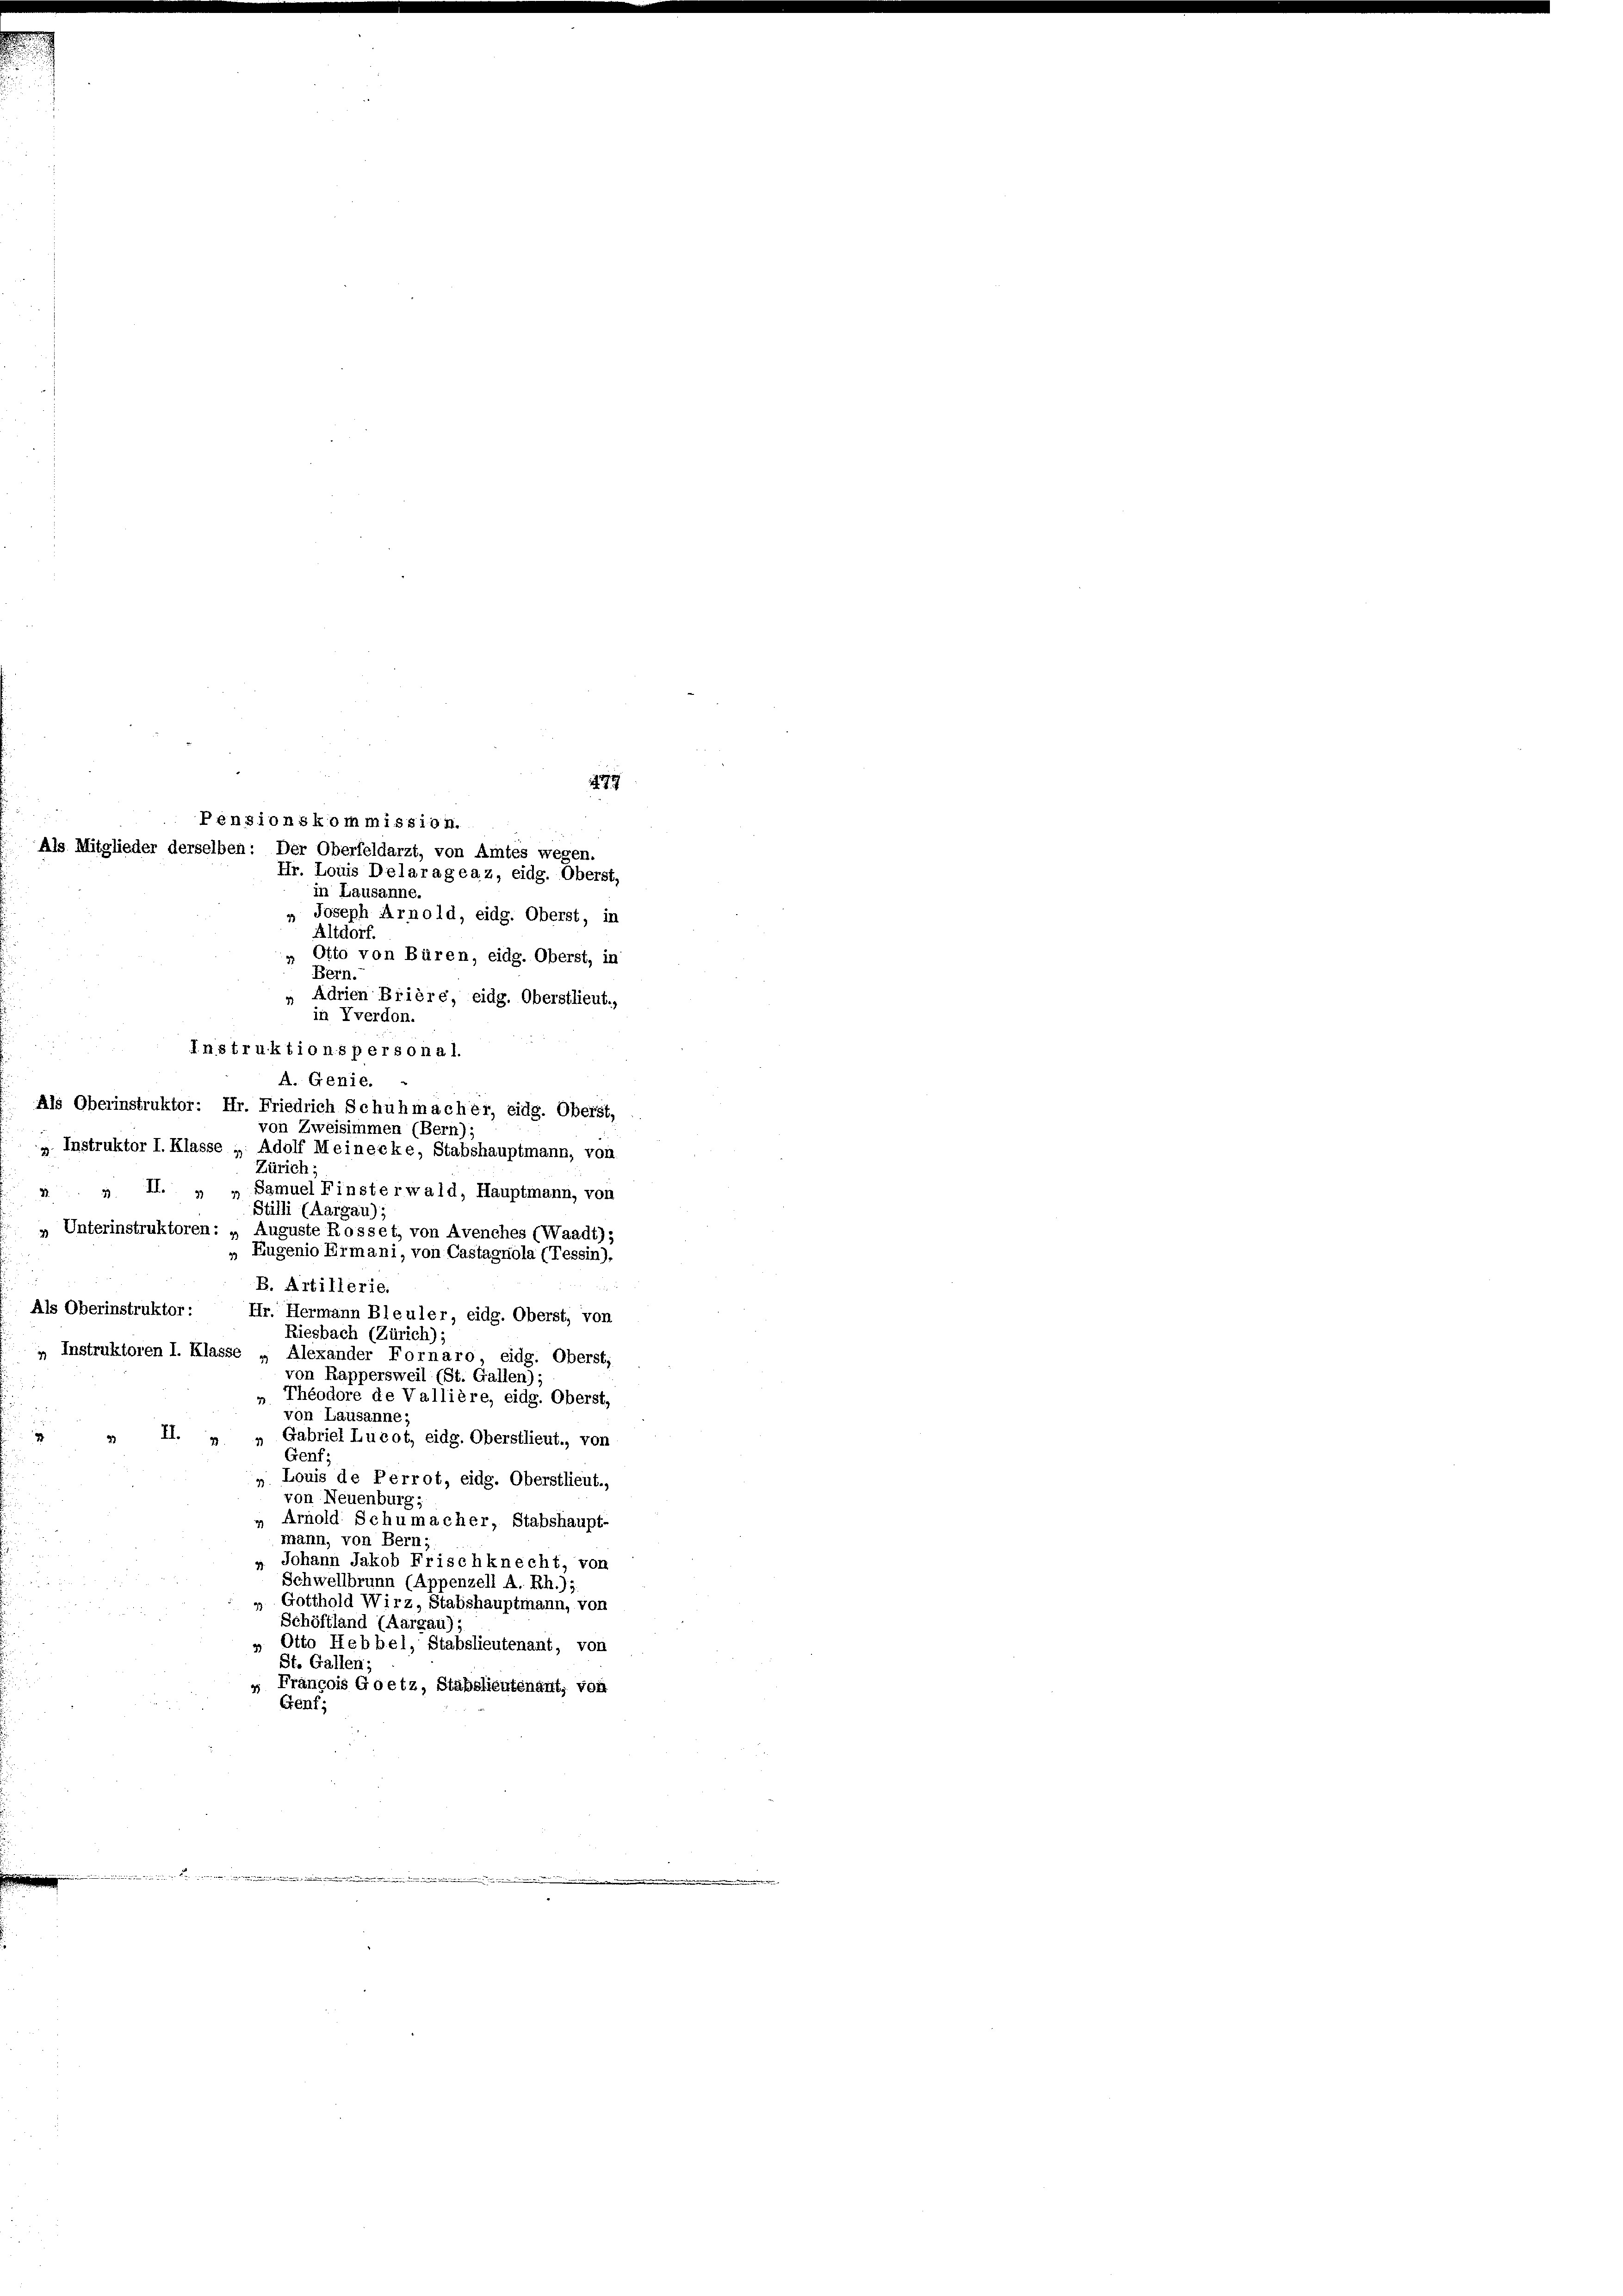
in Lausanne.
 Joseph Arnold, eidg. Oberst, in
Altdorf.
Otto von Büren, eidg. Oberst, in
Bern.
Adrien Brière, eidg. Oberstlieut.,
in Yverdon.
Instruktions personal
A. Genie.
Als Oberinstruktor: Hr. Friedrich Schuhmacher, eidg. Oberst,
von Zweisimmen (Bern);
» Instruktor I. Klasse , Adolf Meinecke, Stabshauptmann, von
Zürich:
 „ II. „ „ Samuel Finsterwald, Hauptmann, von
Stilli (Aargau);
» Unterinstruktoren: „Auguste Rosset, von Avenches (Waadt);
„ Eugenio Ermani, von Castagnola (Tessin),
B. Artillerie.
Als Oberinstruktor :
Hr. Hermann Bleuler, eidg. Oberst, von
Riesbach (Zürich);
, Instruktoren I. Klasse „Alexander Fornaro, eidg. Oberst,
von Rappersweil (St. Gallen);
„ Théodore de Vallière, eidg. Oberst,
von Lausanne;
I
2
Gabriel Lucot, eidg. Oberstlieut., von
Genf;
Louis de Perrot, eidg. Oberstlieut.,
von Neuenburg,
Arnold Schumacher, Stabshaupt-
mann, von Bern;
». Johann Jakob Frischknecht, von
Schwellbrunn (Appenzell A. Rh.).
" Gotthold Wirz, Stabshauptmann, von
Schöftland (Aargau) :
» Otto Hebbel, Stabslieutenant, von
St. Gallen;
 François Goetz, Stabslieutenant, von
Genf;

7
Pensionskommission.
Als Mitglieder derselben: Der Oberfeldarzt, von Amtes wegen.
Hr. Louis Delarageaz, eidg. Oberst,